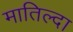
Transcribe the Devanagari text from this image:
मातिल्दा